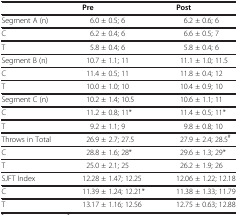
|  | Pre | Post |
 | --- | --- | --- |
 | Segment A (n) | 6.0 ± 0.5; 6 | 6.2 ± 0.6; 6 |
 | C | 6.2 ± 0.4; 6 | 6.6 ± 0.5; 7 |
 | T | 5.8 ± 0.4; 6 | 5.8 ± 0.4; 6 |
 | Segment B (n) | 10.7 ± 1.1; 11 | 11.1 ± 1.0; 11.5 |
 | C | 11.4 ± 0.5; 11 | 11.8 ± 0.4; 12 |
 | T | 10.0 ± 1.0; 10 | 10.4 ± 0.9; 10 |
 | Segment C (n) | 10.2 ± 1.4; 10.5 | 10.6 ± 1.1; 11 |
 | C | 11.2 ± 0.8; 11* | 11.4 ± 0.5; 11* |
 | T | 9.2 ± 1.1; 9 | 9.8 ± 0.8; 10 |
 | Throws in Total | 26.9 ± 2.7; 27.5 | 27.9 ± 2.4; 28.5# |
 | C | 28.8 ± 1.6; 28* | 29.6 ± 1.3; 29* |
 | T | 25.0 ± 2.1; 25 | 26.2 ± 1.9; 26 |
 | SJFT Index | 12.28 ± 1.47; 12.25 | 12.06 ± 1.22; 12.18 |
 | C | 11.39 ± 1.24; 12.21* | 11.38 ± 1.33; 11.79 |
 | T | 13.17 ± 1.16; 12.56 | 12.75 ± 0.63; 12.88 |